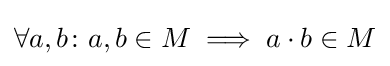
\forall a,b\colon a,b\in M\implies a\cdot b\in M